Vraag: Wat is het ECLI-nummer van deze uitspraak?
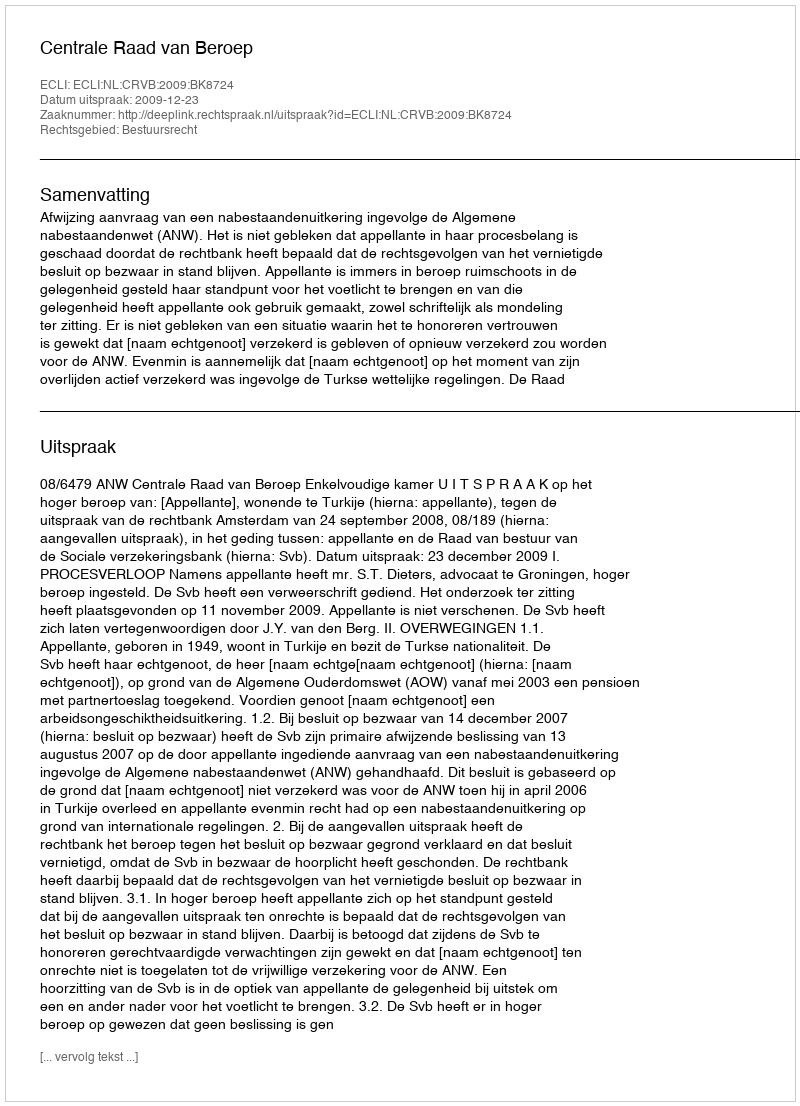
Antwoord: ECLI:NL:CRVB:2009:BK8724